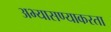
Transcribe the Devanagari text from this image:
अभ्यासण्याकरता